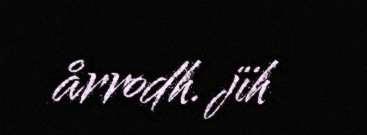
årrodh. jïh